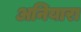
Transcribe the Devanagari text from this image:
अनियारा